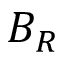
B _ { R }